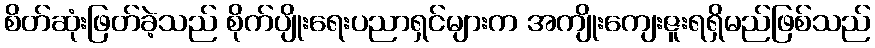
စိတ်ဆုံးဖြတ်ခဲ့သည် စိုက်ပျိုးရေးပညာရှင်များက အကျိုးကျေးဇူးရရှိမည်ဖြစ်သည်